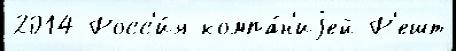
2014 Росс'и́я компа́н'иjей Р'ешт